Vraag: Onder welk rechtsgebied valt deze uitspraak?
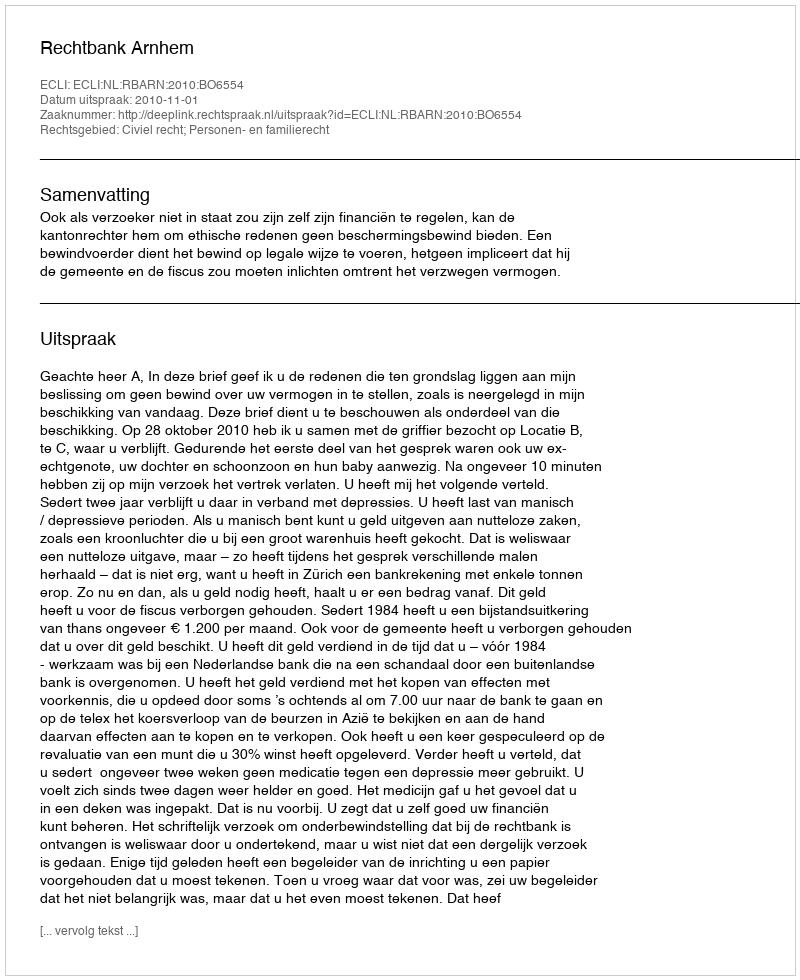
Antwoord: Civiel recht; Personen- en familierecht